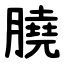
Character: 膮